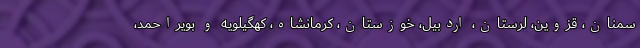
سمنان، قزوین، لرستان، اردبیل، خوزستان، کرمانشاه، کهگیلویه و بویراحمد،